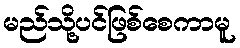
မည်သို့ပင်ဖြစ်စေကာမူ